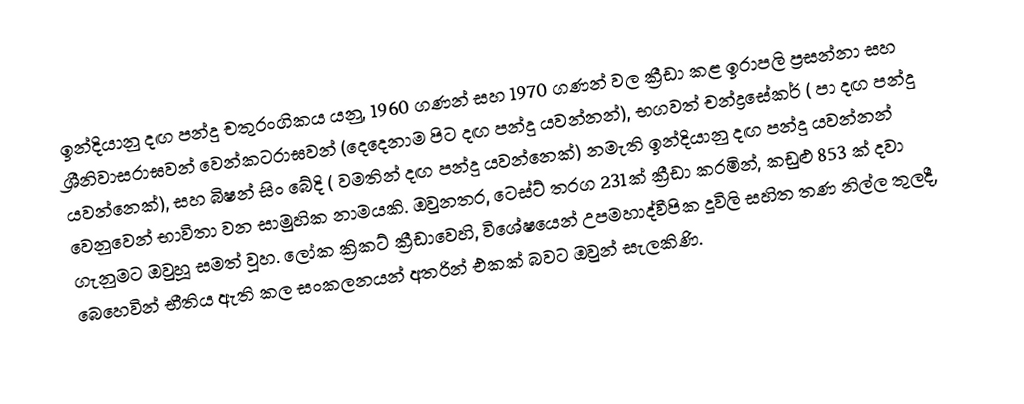
ඉන්දියානු දඟ පන්දු චතුරංගිකය යනු,  1960 ගණන් සහ 1970 ගණන් වල ක්‍රීඩා කළ ඉරාපලි ප්‍රසන්නා සහ ශ්‍රීනිවාසරාඝවන් වෙන්කටරාඝවන් (දෙදෙනාම  පිට දඟ පන්දු යවන්නන්), භගවත් චන්ද්‍රසේකර් (  පා දඟ පන්දු යවන්නෙක්), සහ බිෂන් සිං බේදි (  වමතින් දඟ පන්දු යවන්නෙක්) නමැති ඉන්දියානු   දඟ පන්දු යවන්නන් වෙනුවෙන් භාවිතා වන සාමුහික නාමයකි. ඔවුනතර, ටෙස්ට් තරග 231ක් ක්‍රීඩා කරමින්, කඩුළු 853 ක් දවා ගැනුමට ඔවුහූ සමත් වූහ. ලෝක ක්‍රිකට් ක්‍රීඩාවෙහි, විශේෂයෙන් උපමහාද්වීපික දූවිලි සහිත තණ නිල්ල තුලදී,  බෙහෙවින් භීතිය ඇති කල සංකලනයන් අතරින් එකක් බවට ඔවුන් සැලකිණි.